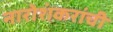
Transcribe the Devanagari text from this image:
नारोशंकरांची